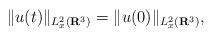
LaTeX: \begin{align*}\| u(t) \|_{L_{x}^{2}(\mathbf{R}^{3})} = \| u(0) \|_{L_{x}^{2}(\mathbf{R}^{3})},\end{align*}